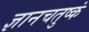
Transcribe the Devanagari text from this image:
ज्ञानचतुष्कं